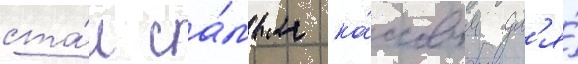
ста́л са́мым ка́ссовым дл'я́